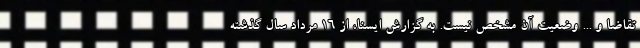
تقاضا و ... وضعیت آن مشخص نیست. به گزارش ایسنا، از ۱۶ مرداد سال گذشته